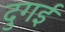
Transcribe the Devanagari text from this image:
दुगई